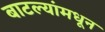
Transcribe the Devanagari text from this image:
बाटल्यांमधून